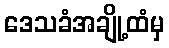
ဒေသခံအချို့ထံမှ